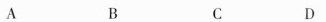
A B C D